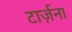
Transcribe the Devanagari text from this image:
टार्ज़ना